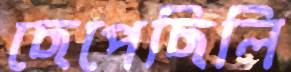
ছেপেছিলি